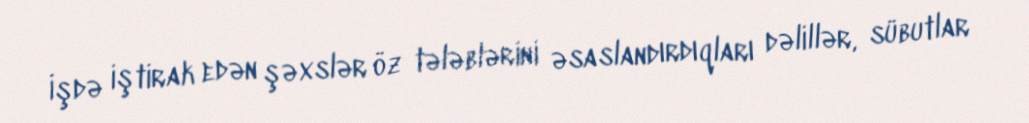
İşdə iştirak edən şəxslər öz tələblərini əsaslandırdıqları dəlillər, sübutlar